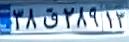
۳۸ق۲۸۹۱۳